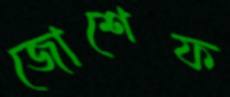
জোশেফ